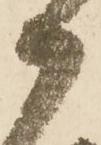
御